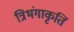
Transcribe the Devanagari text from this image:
त्रिभंगाकृतिं